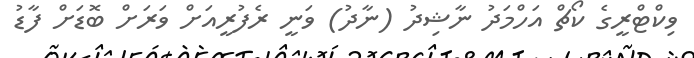
ވިކްޓްރީގެ ކޯޗް އަހްމަދު ނާޝިދު (ނާދު) ވަނީ ރެފުރީއަށް ވަރަށް ބޮޑަށް ފާޑު